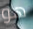
هو